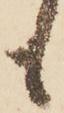
も